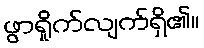
ဖွာရှိုက်လျက်ရှိ၏။